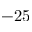
- 2 5